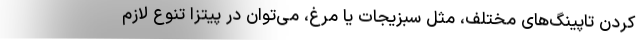
کردن تاپینگ‌های مختلف، مثل سبزیجات یا مرغ، می‌توان در پیتزا تنوع لازم